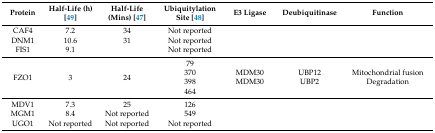
<table><thead><tr><td><b>Protein</b></td><td><b>Half-Life (h) [49]</b></td><td><b>Half-Life (Mins) [47]</b></td><td><b>Ubiquitylation Site [48]</b></td><td><b>E3 Ligase</b></td><td><b>Deubiquitinase</b></td><td><b>Function</b></td></tr></thead><tbody><tr><td>CAF4</td><td>7.2</td><td>34</td><td>Not reported</td><td></td><td></td><td></td></tr><tr><td>DNM1</td><td>10.6</td><td>31</td><td>Not reported</td><td></td><td></td><td></td></tr><tr><td>FIS1</td><td>9.1</td><td></td><td>Not reported</td><td></td><td></td><td></td></tr><tr><td>FZO1</td><td>3</td><td>24</td><td>79370398464</td><td>MDM30MDM30</td><td>UBP12UBP2</td><td>Mitochondrial fusionDegradation</td></tr><tr><td>MDV1</td><td>7.3</td><td>25</td><td>126</td><td></td><td></td><td></td></tr><tr><td>MGM1</td><td>8.4</td><td>Not reported</td><td>549</td><td></td><td></td><td></td></tr><tr><td>UGO1</td><td>Not reported</td><td>Not reported</td><td>Not reported</td><td></td><td></td><td></td></tr></tbody></table>